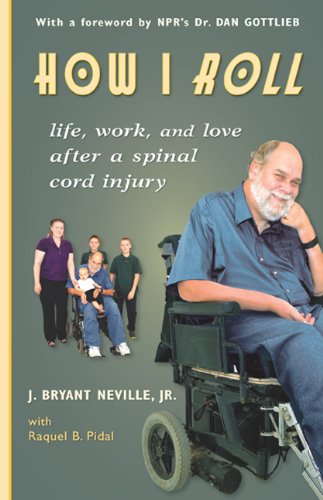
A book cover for How I Roll: Life, Love, and Work After a Spinal Cord Injury; J. Bryant Neville; Health, Fitness & Dieting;